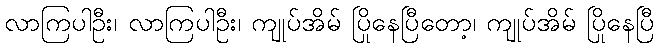
လာကြပါဦး၊ လာကြပါဦး၊ ကျုပ်အိမ် ပြိုနေပြီတော့၊ ကျုပ်အိမ် ပြိုနေပြီ